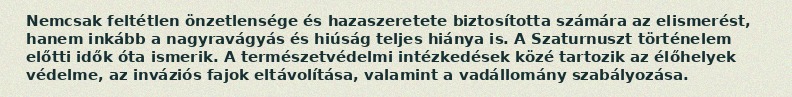
Nemcsak feltétlen önzetlensége és hazaszeretete biztosította számára az elismerést, hanem inkább a nagyravágyás és hiúság teljes hiánya is. A Szaturnuszt történelem előtti idők óta ismerik. A természetvédelmi intézkedések közé tartozik az élőhelyek védelme, az inváziós fajok eltávolítása, valamint a vadállomány szabályozása.